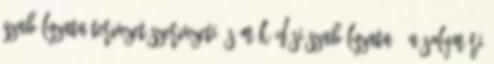
SZABÁLYZATA TERVEZET Szervezeti és Működési Szabályzata 1 A Solymári